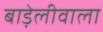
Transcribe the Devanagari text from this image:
बाड़ेलीवाला